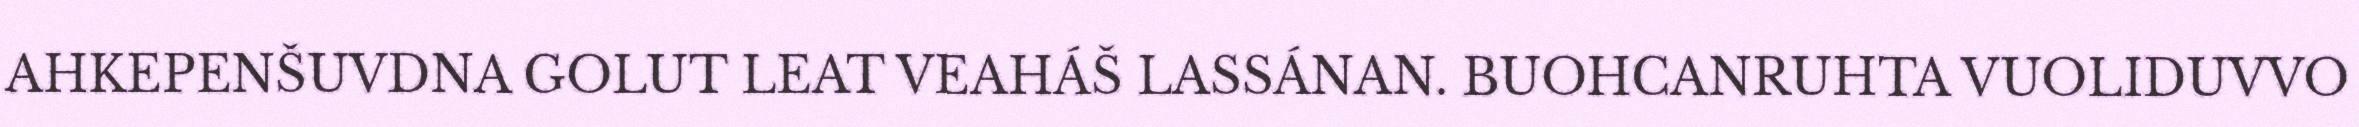
AHKEPENŠUVDNA GOLUT LEAT VEAHÁŠ LASSÁNAN. BUOHCANRUHTA VUOLIDUVVO